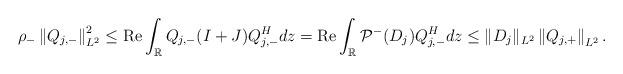
LaTeX: \begin{align*}\rho_- \left\|Q_{j,-}\right\|_{L^2}^2 \leq \operatorname{Re} \int_{\mathbb{R}} Q_{j,-}(I+J) Q_{j,-}^H dz=\operatorname{Re}\int_{\mathbb{R}} \mathcal{P}^-(D_j) Q_{j,-}^H dz \leq\|D_j\|_{L^2}\left\|Q_{j,+}\right\|_{L^2}.\end{align*}